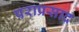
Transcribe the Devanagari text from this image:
पराप्रसाद